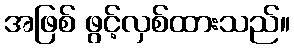
အဖြစ် ဖွင့်လှစ်ထားသည်။